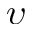
\upsilon